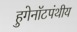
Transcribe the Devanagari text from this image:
हुगेनॉटपंथीय